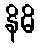
နိဓိ